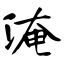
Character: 淹